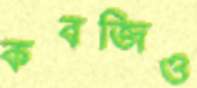
কবজিও